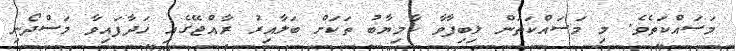
މަސައްކަތެވެ. މި މަސައްކަތަން ލިބިފާވާ ކާމިޔާބު ތަކަށް ބަލާއިރު ރާއްޖޭގެއި ހަދާފައިވާ މަސްދޯނި